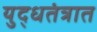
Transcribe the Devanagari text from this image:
युद्धतंत्रात